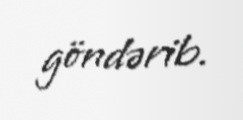
göndərib.